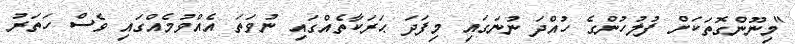
"މިނޫންގޮތަކަށް ފުލުހުންގެ ހުއްދަ ނުނަގައި މިފަދަ ޙަރަކާތެއްގައި ނުވަތަ އެއްވުމެއްގައި ވެސް ހަތަރު